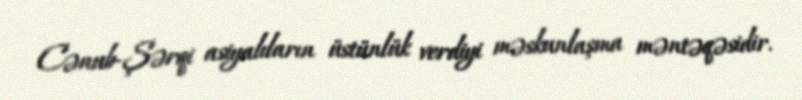
Cənub-Şərqi asiyalıların üstünlük verdiyi məskunlaşma məntəqəsidir.